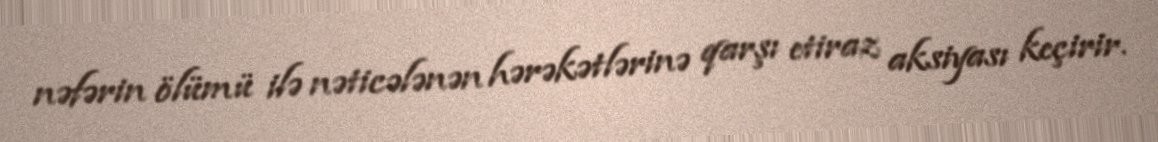
nəfərin ölümü ilə nəticələnən hərəkətlərinə qarşı etiraz aksiyası keçirir.